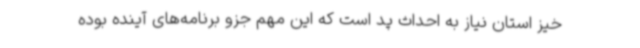
خیز استان نیاز به احداث پد است که این مهم جزو برنامه‌های آینده بوده